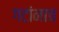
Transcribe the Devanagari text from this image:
गटांनाच